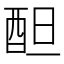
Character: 𨠚